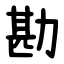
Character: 勘